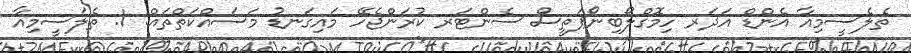
ތެލެސީމިއާ އެންޑް އަދަރ ހިމޮގްލޯބިނޯޕަތީސް ސެންޓަރ ކުރަންޖެހޭ މައިގަނޑު މަސައްކަތްތައް: 1. ތެލަސީމިއާ